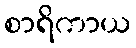
စာရိကာယ